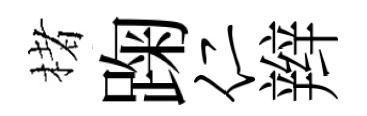
楮踘仁辫